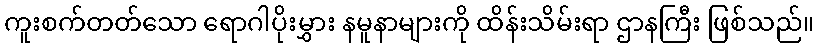
ကူးစက်တတ်သော ရောဂါပိုးမွှား နမူနာများကို ထိန်းသိမ်းရာ ဌာနကြီး ဖြစ်သည်။